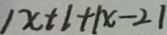
\vert x + 1 + \vert x - 2 \vert